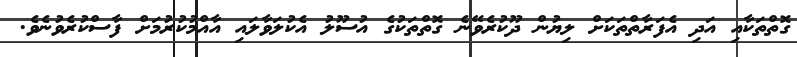
ގޮތްތަކާއި އަދި އެފަރާތްތަކަށް ލިޔުން ދޫކުރެވޭނެ ގޮތްތަކުގެ އުސޫލު އެކުލަވާލައި އާއްމުކުރުމަށް ފާސްކުރެވުނެވެ.